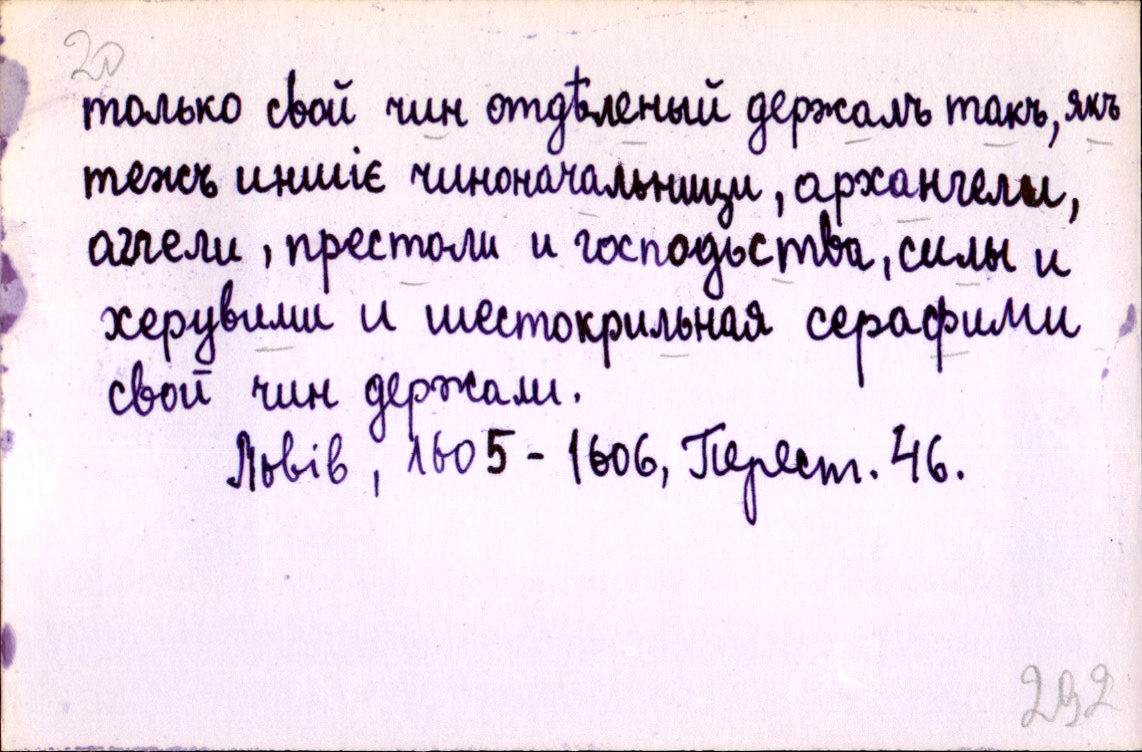
только свой чин отдѣленый держалъ такъ, якъ
тежъ иншіє чиноначальницы, архангели,
аггели, престоли и господьства, силы и
херувими и шестокрильная серафими
свой чин держали.
Львів, 1605-1606, Перест. 46.